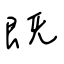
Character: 既